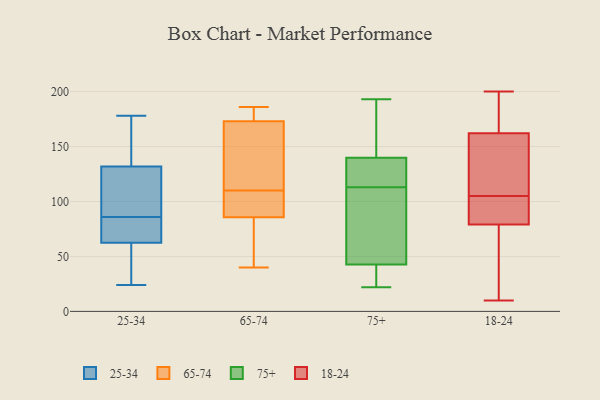
{"axis": {"x": "Website Visitors", "y": "Value"}, "legend": ["18-24", "25-34", "65-74", "75+"], "data": [{"x": "", "y": 52, "type": "25-34"}, {"x": "", "y": 68, "type": "25-34"}, {"x": "", "y": 84, "type": "25-34"}, {"x": "", "y": 178, "type": "25-34"}, {"x": "", "y": 24, "type": "25-34"}, {"x": "", "y": 66, "type": "25-34"}, {"x": "", "y": 146, "type": "25-34"}, {"x": "", "y": 121, "type": "25-34"}, {"x": "", "y": 86, "type": "25-34"}, {"x": "", "y": 175, "type": "25-34"}, {"x": "", "y": 127, "type": "25-34"}, {"x": "", "y": 47, "type": "25-34"}, {"x": "", "y": 123, "type": "25-34"}, {"x": "", "y": 110, "type": "65-74"}, {"x": "", "y": 184, "type": "65-74"}, {"x": "", "y": 91, "type": "65-74"}, {"x": "", "y": 57, "type": "65-74"}, {"x": "", "y": 91, "type": "65-74"}, {"x": "", "y": 181, "type": "65-74"}, {"x": "", "y": 173, "type": "65-74"}, {"x": "", "y": 173, "type": "65-74"}, {"x": "", "y": 147, "type": "65-74"}, {"x": "", "y": 61, "type": "65-74"}, {"x": "", "y": 40, "type": "65-74"}, {"x": "", "y": 84, "type": "65-74"}, {"x": "", "y": 186, "type": "65-74"}, {"x": "", "y": 120, "type": "65-74"}, {"x": "", "y": 104, "type": "65-74"}, {"x": "", "y": 164, "type": "75+"}, {"x": "", "y": 31, "type": "75+"}, {"x": "", "y": 40, "type": "75+"}, {"x": "", "y": 118, "type": "75+"}, {"x": "", "y": 118, "type": "75+"}, {"x": "", "y": 113, "type": "75+"}, {"x": "", "y": 22, "type": "75+"}, {"x": "", "y": 193, "type": "75+"}, {"x": "", "y": 67, "type": "75+"}, {"x": "", "y": 51, "type": "75+"}, {"x": "", "y": 147, "type": "75+"}, {"x": "", "y": 115, "type": "18-24"}, {"x": "", "y": 92, "type": "18-24"}, {"x": "", "y": 79, "type": "18-24"}, {"x": "", "y": 26, "type": "18-24"}, {"x": "", "y": 95, "type": "18-24"}, {"x": "", "y": 101, "type": "18-24"}, {"x": "", "y": 95, "type": "18-24"}, {"x": "", "y": 162, "type": "18-24"}, {"x": "", "y": 177, "type": "18-24"}, {"x": "", "y": 63, "type": "18-24"}, {"x": "", "y": 31, "type": "18-24"}, {"x": "", "y": 121, "type": "18-24"}, {"x": "", "y": 10, "type": "18-24"}, {"x": "", "y": 188, "type": "18-24"}, {"x": "", "y": 180, "type": "18-24"}, {"x": "", "y": 109, "type": "18-24"}, {"x": "", "y": 200, "type": "18-24"}, {"x": "", "y": 123, "type": "18-24"}]}